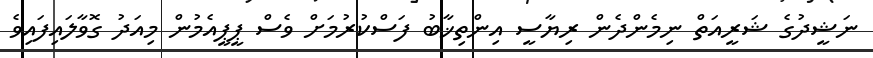
ނަޝީދުގެ ޝަރީއަތް ނިމެންދެން ރިޔާސީ އިންތިޚާބު ފަސްކުރުމަށް ވެސް ޕީޕީއެމުން މިއަދު ގޮވާލައިފައިވެ